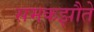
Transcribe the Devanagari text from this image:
समकझौते